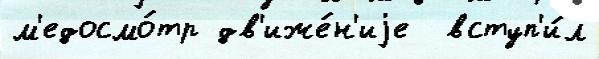
м'едосмо́тр дв'иже́н'иjе  вступ'и́л